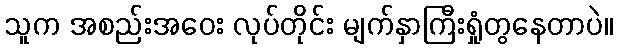
သူက အစည်းအဝေး လုပ်တိုင်း မျက်နှာကြီးရှုံတွနေတာပဲ။